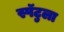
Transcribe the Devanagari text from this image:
स्पॅटुला